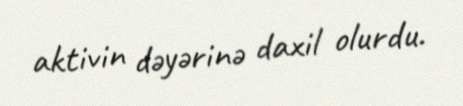
aktivin dəyərinə daxil olurdu.